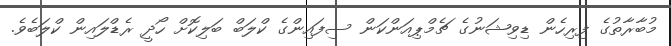
މުބާރާތުގެ ފިރިހެން ޑިވިޝަނުގެ ޗެމްޕިއަންކަން ސިފައިންގެ ކްލަބް ބަލިކޮށް ހޯދީ ރެޑްލައިން ކްލަބެވެ.